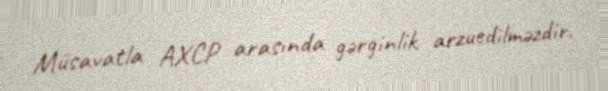
Müsavatla AXCP arasında gərginlik arzuedilməzdir.